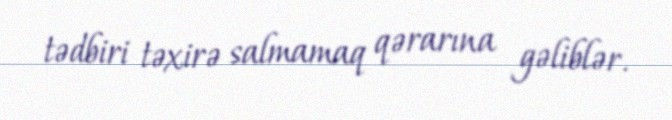
tədbiri təxirə salmamaq qərarına gəliblər.